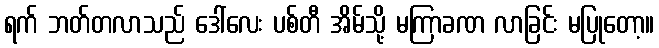
ရက် ဘတ်တလာသည် ဒေါ်လေး ပစ်တီ အိမ်သို့ မကြာခဏ လာခြင်း မပြုတော့။